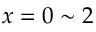
x = 0 \sim 2